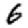
Digit: 6